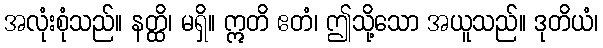
အလုံးစုံသည်။ နတ္ထိ၊ မရှိ။ ဣတိ ဧတံ၊ ဤသို့သော အယူသည်။ ဒုတိယံ၊